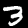
Digit: 3